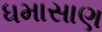
ધમાસાણ